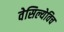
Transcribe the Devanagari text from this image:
वेसिल्येविच